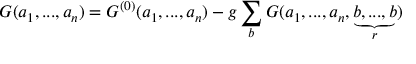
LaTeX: { { \cal G } } ( a _ { 1 } , . . . , a _ { n } ) = { G } ^ { ( 0 ) } ( a _ { 1 } , . . . , a _ { n } ) - g \sum _ { b } { { \cal G } } ( a _ { 1 } , . . . , a _ { n } , \underbrace { b , . . . , b } _ { r } )